Vaccination in the Punjab 1883-1896 - 1883-1896
Year: 1883
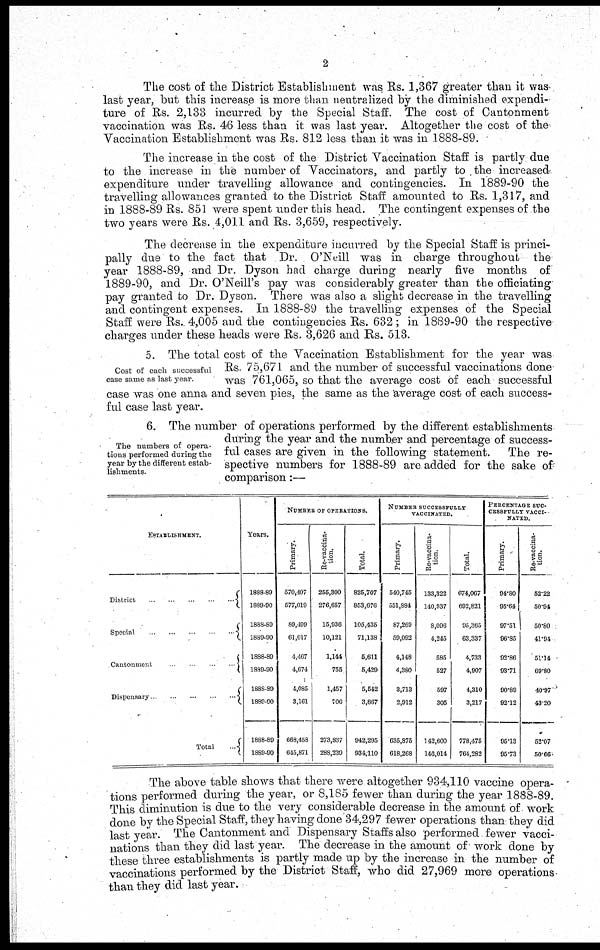
2
The cost of the District Establishment was Rs. 1,367 greater than it was
last year, but this increase is more than neutralized by the diminished expendi-
ture of Rs. 2,133 incurred by the Special Staff. The cost of Cantonment
vaccination was Rs. 46 less than it was last year. Altogether the cost of the
Vaccination Establishment was Rs. 812 less than it was in 1888-89.
The increase in the cost of the District Vaccination Staff is partly due
to the increase in the number of Vaccinators, and partly to the increased
expenditure under travelling allowance and contingencies. In 1889-90 the
travelling allowances granted to the District Staff amounted to Rs. 1,317, and
in 1888-89 Rs. 851 were spent under this head. The contingent expenses of the
two years were Rs. 4,011 and Rs. 3,659, respectively.
The decrease in the expenditure incurred by the Special Staff is princi-
pally due to the fact that Dr. O'Neill was in charge throughout the
year 1888-89, and Dr. Dyson had charge during nearly five months of
1889-90, and Dr. O'Neill's pay was considerably greater than the officiating
pay granted to Dr. Dyson. There was also a slight decrease in the travelling
and contingent expenses. In 1888-89 the travelling expenses of the Special
Staff were Rs. 4,005 and the contingencies Rs. 632 ; in 1889-90 the respective
charges under these heads were Rs. 3,626 and Rs. 513.
Cost of each successful
case same as last year.
5. The total cost of the Vaccination Establishment for the year was
Rs. 75,671 and the number of successful vaccinations done
was 761,065, so that the average cost of each successful
case was one anna and seven pies, the same as the 'average cost of each success-
ful case last year.
The numbers of opera-
tions performed during the
year by the different estab-
lishments.
6. The number of operations performed by the different establishments
during the year and the number and percentage of success-
ful cases are given in the following statement.
The re-
spective numbers for 1888-89 are added for the sake of'
comparison:—
ESTABLISHMENT.
District
...
...
Special
...
...
Cantonment
...
...
Dispensary
...
...
Total
...
Years.
1888-89
1889-90
1888-89
1889-90
1888-89
1889-90
1888-89
1889-90
1888-89
1889-90
NUMBER OF OPERATIONS.
Primary.
570,407
577,019
89,199
61,017
4,467
4,674
4,085
3,161
668,458
645,871
Re-vaccina¬
tion.
255,300
276,657
15,936
10,121
1,144
755
1,457
706
273,837
288,239
Total.
825,707
853,676
105,435
71,138
5,611
5,429
5,542
3,867
942,295
934,110
NUMBER SUCCESSFULLY
VACCINATED.
Primary.
540,745
551,884
87,269
59,092
4,148
4,380
3,713
2,912
635,875
618,268
Re-vaccina-
tion.
133,322
140,937
8,096
4,245
585
527
597
305
142,600
146,014
Total.
674,067
692,821
95,365
63,337
4,733
4,907
4,310
3,217
778,475
764,282
PERCENTAGE SUC-
--------- VACCI-
-----.
Primary.
94.80
95.64
97.51
96.85
92.86
93.71
90.89
92.12
95.13
95.73
Re-vaccina¬
tion.
52.22
50.94
50.80
41.94
51.14
69.80
40.97
43.20
52.07
50.66
The above table shows that there were altogether 934,110 vaccine opera-
tions performed during the year, or 8,185 fewer than during the year 1888-89.
This diminution is due to the very considerable decrease in the amount of work
done by the Special Staff, they having done 34,297 fewer operations than they did
last year. The Cantonment and Dispensary Staffs also performed fewer vacci-
nations than they did last year. The decrease in the amount of work done by
these three establishments is partly made up by the increase in the number of
vaccinations performed by the District Staff, who did 27,969 more operations
than they did last year.